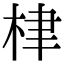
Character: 𣑵